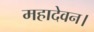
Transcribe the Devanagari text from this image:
महादेवन।